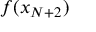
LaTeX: f ( x _ { N + 2 } )